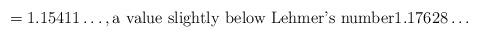
LaTeX: \begin{align*} = 1.15411\ldots ,\mbox{a value slightly below Lehmer's number} 1.17628\ldots\end{align*}